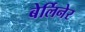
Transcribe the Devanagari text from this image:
बेर्लिनेर